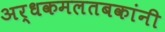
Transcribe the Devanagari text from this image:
अर्धकमलतबकांनी